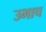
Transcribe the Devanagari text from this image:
उभाच